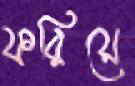
ফরিয়ে